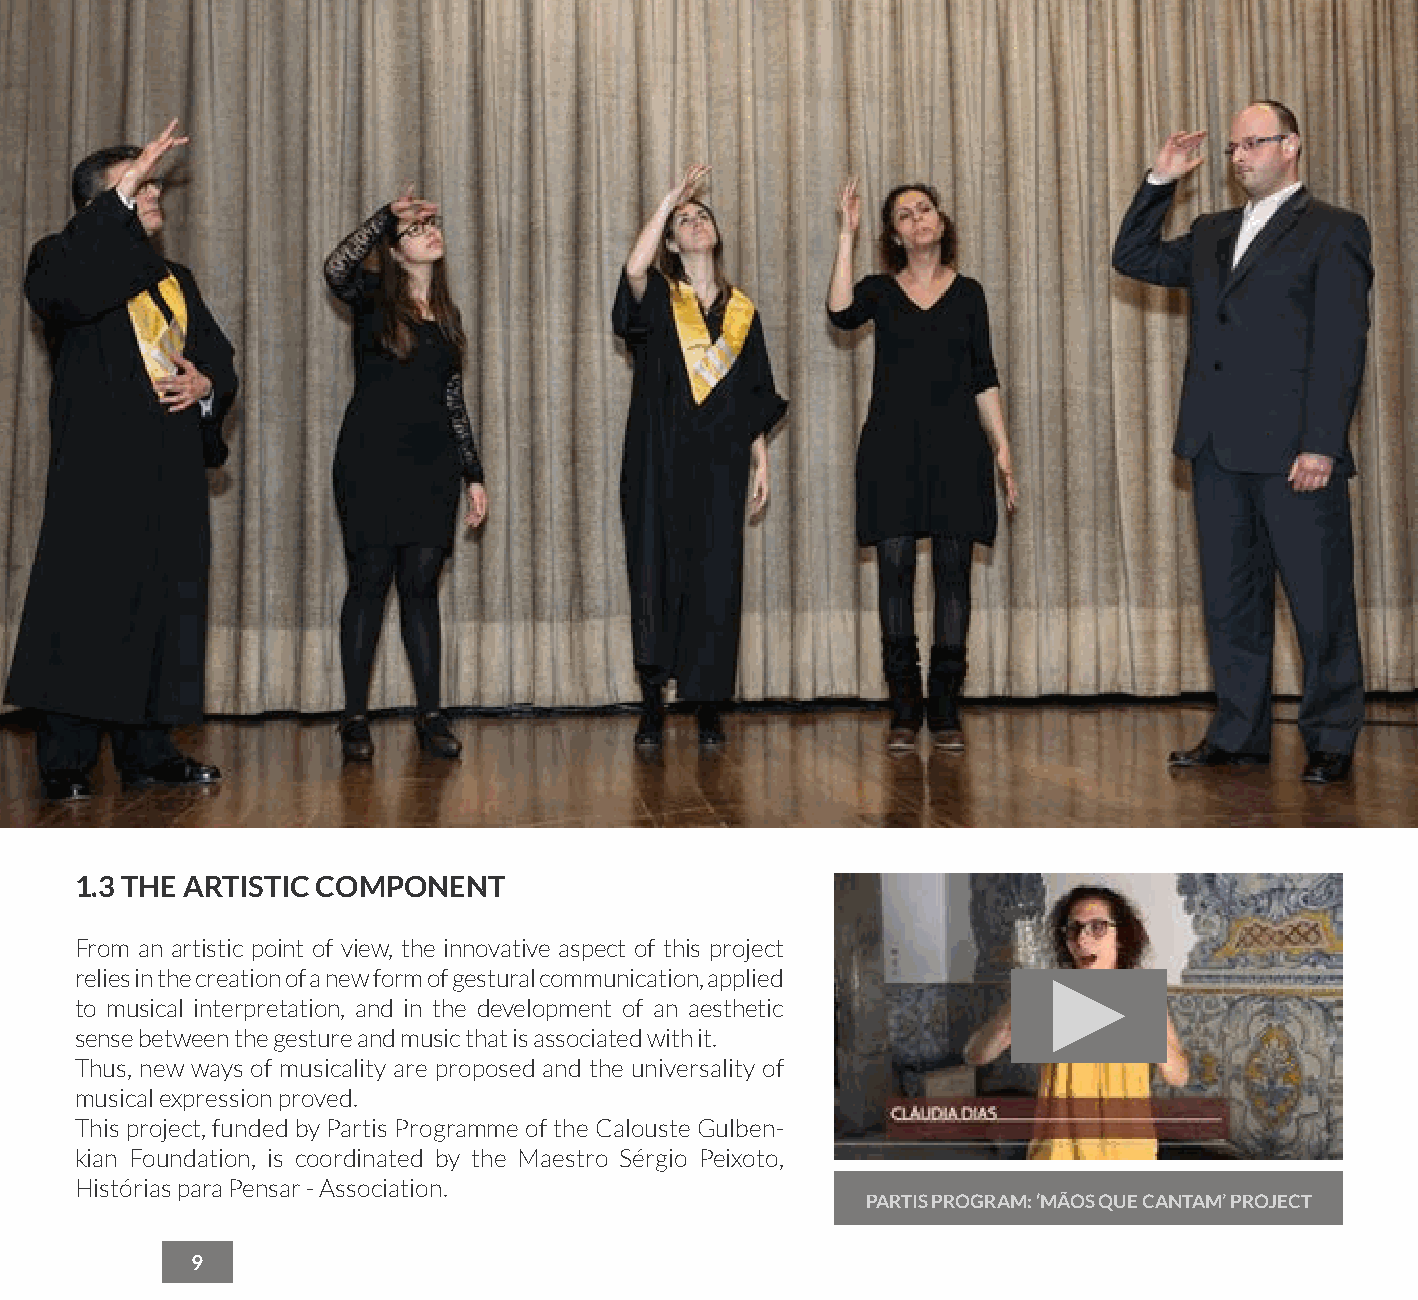
1.3 THE ARTISTIC COMPONENT
 From an artistic point of view, the innovative aspect of this project
 relies in the creation of a new form of gestural communication, applied
 to musical interpretation, and in the development of an aesthetic
 sense between the gesture and music that is associated with it.
 Thus, new ways of musicality are proposed and the universality of
 musical expression proved.
 This project, funded by Partis Programme of the Calouste Gulben-
 kian Foundation, is coordinated by the Maestro Sérgio Peixoto,
 Histórias para Pensar - Association.
 PARTIS PROGRAM: ‘MÃOS QUE CANTAM’ PROJECT
 9